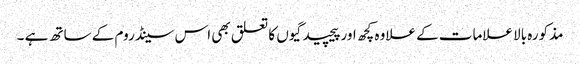
مذکورہ بالا علامات کے علاوہ کچھ اور پیچیدگیوں کا تعلق بھی اس سینڈروم کے ساتھ ہے ۔